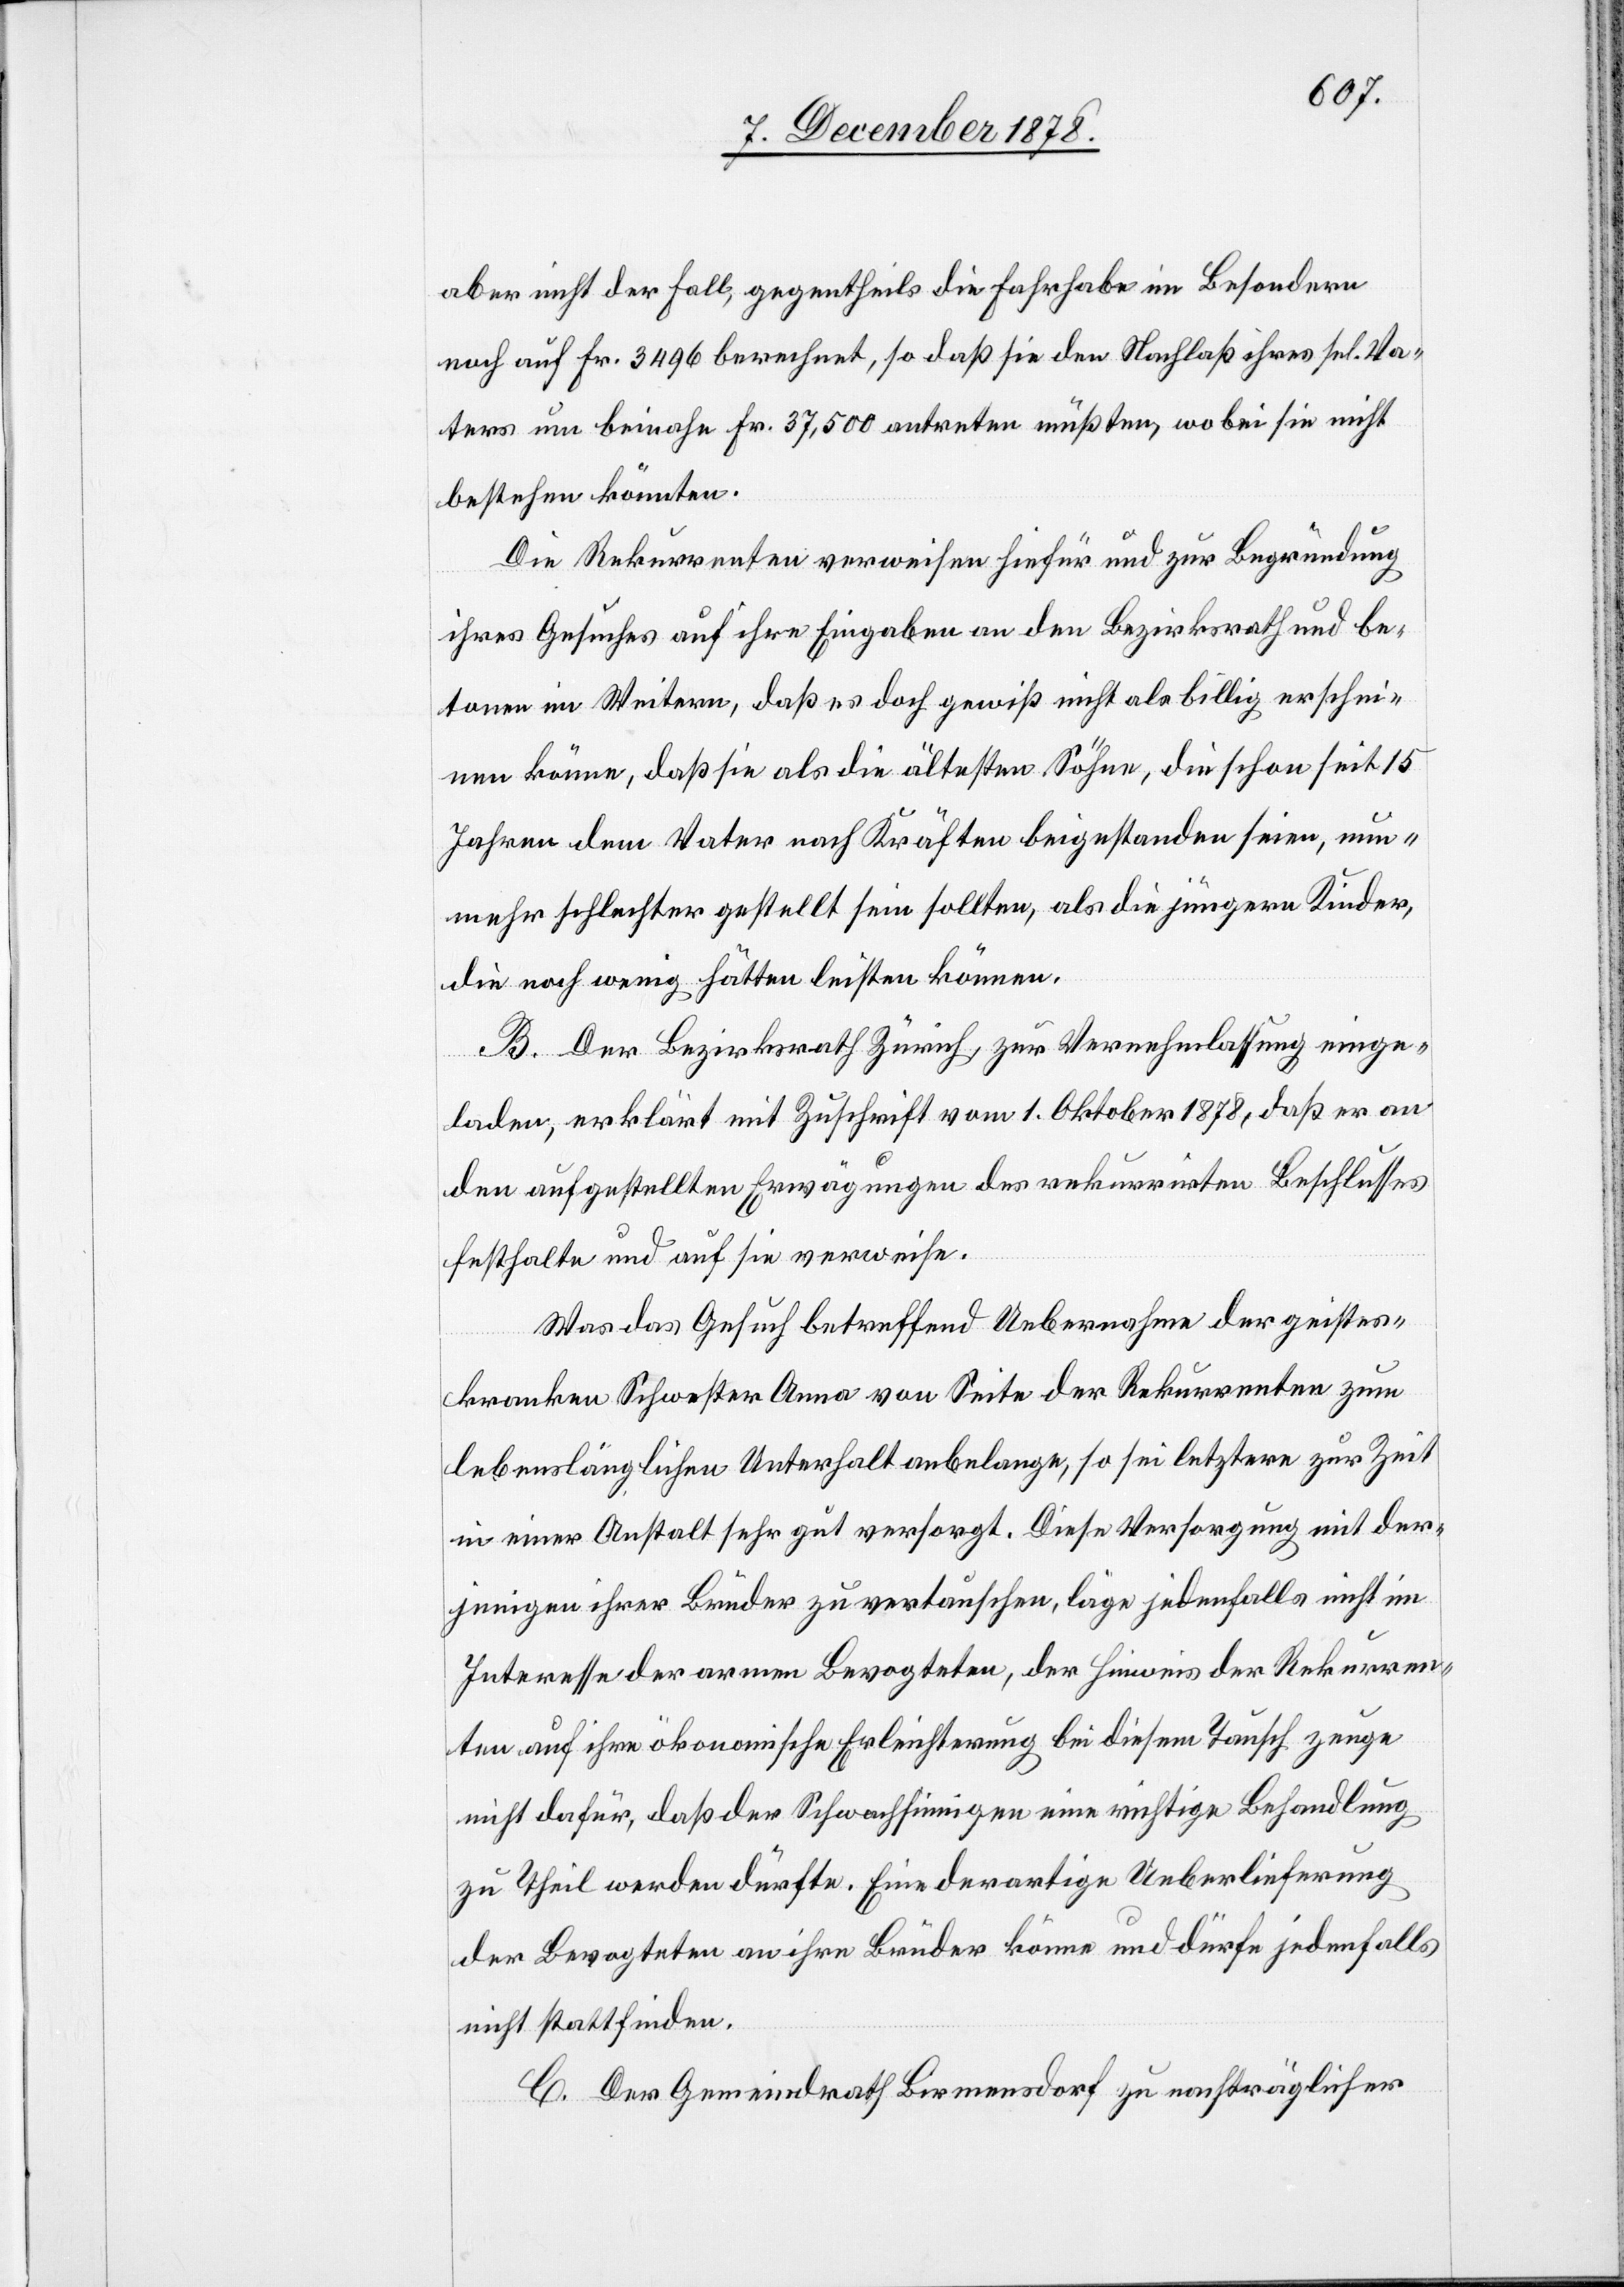
aber nicht der Fall, gegentheils die Fahrhabe im Besondern
noch auf Fr. 3496 berechnet, so daß sie den Nachlaß ihres sel. Va¬
ters um beinahe Fr. 37,500 antreten müßten, wobei sie nicht
bestehen könnten.
Die Rekurrenten verweisen hiefür und zur Begründung
ihres Gesuches auf ihre Eingaben an den Bezirksrath und be¬
tonen im Weitern, daß es doch gewiß nicht als billig erschei¬
nen könne, daß sie als die ältesten Söhne, die schon seit 15
Jahren dem Vater nach Kräften beigestanden seien, nun¬
mehr schlechter gestellt sein sollten, als die jüngern Kinder,
die noch wenig hätten leisten können.
B. Der Bezirksrath Zürich, zur Vernehmlassung einge¬
laden, erklärt mit Zuschrift vom 1. Oktober 1878, daß er an
den aufgestellten Erwägungen des rekurrirten Beschlusses
festhalte und auf sie verweise.
Was das Gesuch betreffend Uebernahme der geistes¬
kranken Schwester Anna von Seite der Rekurrenten zum
lebenslänglichen Unterhalt anbelange, so sei letztere zur Zeit
in einer Anstalt sehr gut versorgt. Diese Versorgung mit der¬
jenigen ihrer Brüder zu vertauschen, läge jedenfalls nicht im
Interesse der armen Bevogteten, der Hinweis der Rekurren¬
ten auf ihre ökonomische Erleichterung bei diesem Tausch zeuge
nicht dafür, daß der Schwachsinnigen eine richtige Behandlung
zu Theil werden dürfte. Eine derartige Ueberlieferung
der Bevogteten an ihre Brüder könne und dürfe jedenfalls
nicht stattfinden.
C. Der Gemeindrath Birmensdorf zu nachträglicher